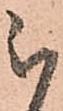
被